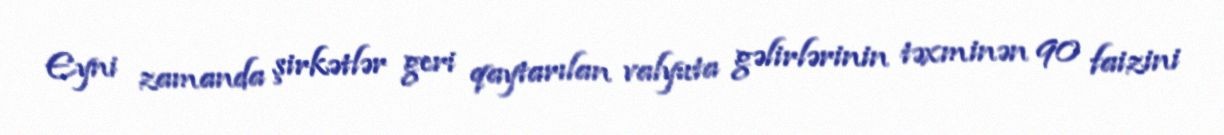
Eyni zamanda şirkətlər geri qaytarılan valyuta gəlirlərinin təxminən 90 faizini